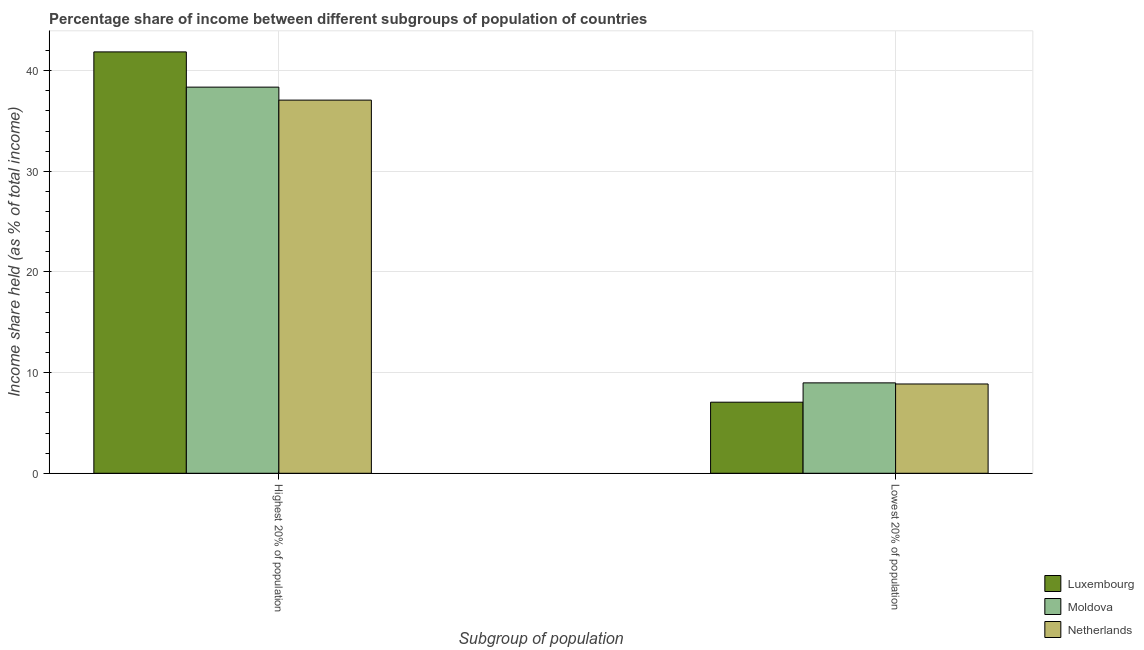
| Subgroup of population | Luxembourg | Moldova | Netherlands |
 | --- | --- | --- | --- |
 | Highest 20% of population | 41.9 | 38.4 | 37.1 |
 | Lowest 20% of population | 7.06 | 8.98 | 8.87 |